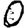
Digit: 0